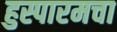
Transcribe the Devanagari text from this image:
हुस्पारमचा